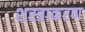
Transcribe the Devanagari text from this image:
शस्त्राकरण